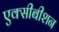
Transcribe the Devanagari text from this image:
एक्सीबीशन